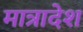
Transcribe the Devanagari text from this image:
मात्रादेश